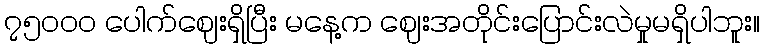
၇၅၀၀၀ ပေါက်ဈေးရှိပြီး မနေ့က ဈေးအတိုင်းပြောင်းလဲမှုမရှိပါဘူး။